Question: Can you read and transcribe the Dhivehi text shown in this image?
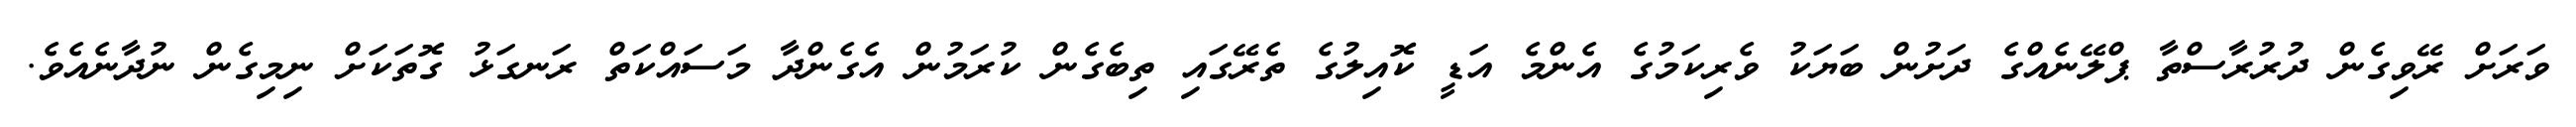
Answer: ވަރަށް ރޭވިގެން ދުރުރާސްތާ ޕްލޭނެއްގެ ދަށުން ބަޔަކު ވެރިކަމުގެ އެންމެ އަޑީ ކޮއިލުގެ ތެރޭގައި ތިބެގެން ކުރަމުން އެގެންދާ މަސައްކަތް ރަނގަޅު ގޮތަކަށް ނިމިގެން ނުދާނެއެވެ.